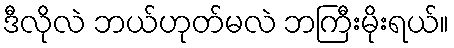
ဒီလိုလဲ ဘယ်ဟုတ်မလဲ ဘကြီးမိုးရယ်။